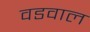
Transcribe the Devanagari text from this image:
वडवाल